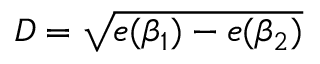
D = \sqrt { e ( \beta _ { 1 } ) - e ( \beta _ { 2 } ) }